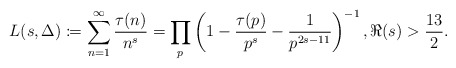
\begin{align*}L(s, \Delta) \coloneqq \sum_{n = 1}^{\infty} \frac{\tau(n)}{n^{s}} = \prod_{p} \left(1-\frac{\tau(p)}{p^{s}}-\frac{1}{p^{2s-11}} \right)^{-1}, \Re(s) > \frac{13}{2}.\end{align*}